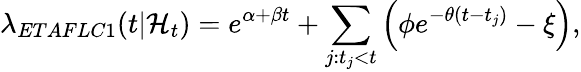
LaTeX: \lambda_{ETAFLC1}(t|\mathcal{H}_{t})=e^{\alpha+\beta t}+\sum_{j:t_{j}<t}\left(\phi e^{-\theta(t-t_{j})}-\xi\right),